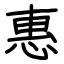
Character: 惠